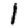
Digit: 1